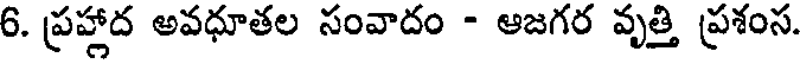
6. ప్రహ్లాద అవధూతల సంవాదం - ఆజగర వృత్తి ప్రశంస.